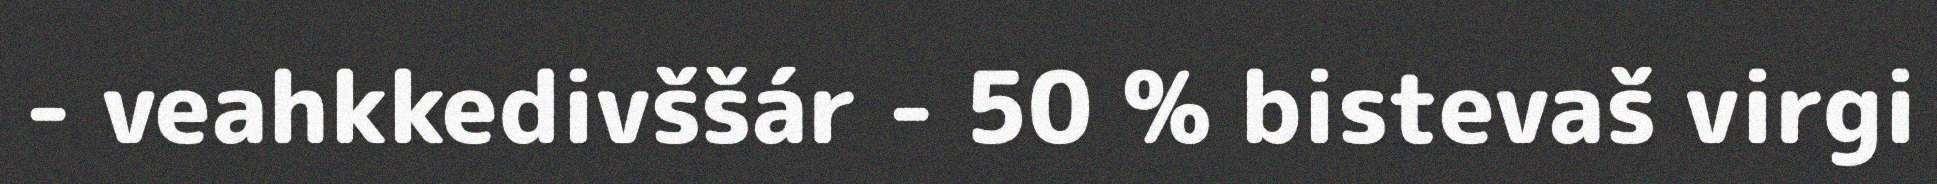
- veahkkedivššár - 50 % bistevaš virgi